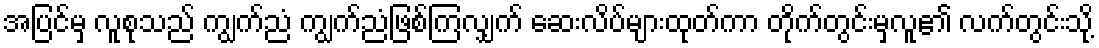
အပြင်မှ လူစုသည် ကျွက်ညံ ကျွက်ညံဖြစ်ကြလျှက် ဆေးလိပ်များထုတ်ကာ တိုက်တွင်းမှလူ၏ လက်တွင်းသို့